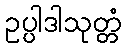
ဥပ္ပါဒါသုတ္တံ